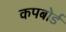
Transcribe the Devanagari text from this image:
कपबोर्ड